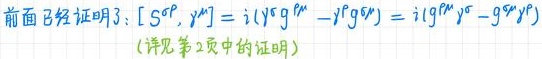
前面已经证明：$[\ S^{\rho}, \gamma^{\mu}]=i(\gamma^{\rho}g^{\mu\nu}-\gamma^{\mu}g^{\rho\nu})=i(g^{\mu\nu}\gamma^{\rho}-g^{\rho\nu}\gamma^{\mu})$
（详见第2页中的证明）